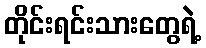
တိုင်းရင်းသားတွေရဲ့